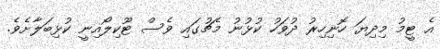
އެ ޓީމު މިދިޔަ ހޮނިހިރު ދުވަހު ކުޅުނު މެޗުގައި ވެސް ޓޫކިލޯއިނީ ކުޅިބަލާށެވެ.